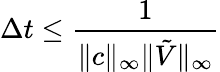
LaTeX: \Delta t\leq\frac{1}{\| c\| _{\infty}\| \tilde{V}\| _{\infty}}